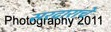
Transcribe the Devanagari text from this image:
सरदाराचे